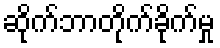
ဆိုက်ဘာတိုက်ခိုက်မှု